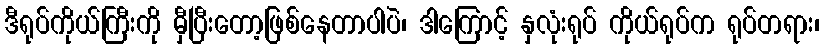
ဒီရုပ်ကိုယ်ကြီးကို မှီပြီးတော့ဖြစ်နေတာပါပဲ၊ ဒါကြောင့် နှလုံးရုပ် ကိုယ်ရုပ်က ရုပ်တရား၊